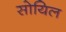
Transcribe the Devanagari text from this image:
सोयिल